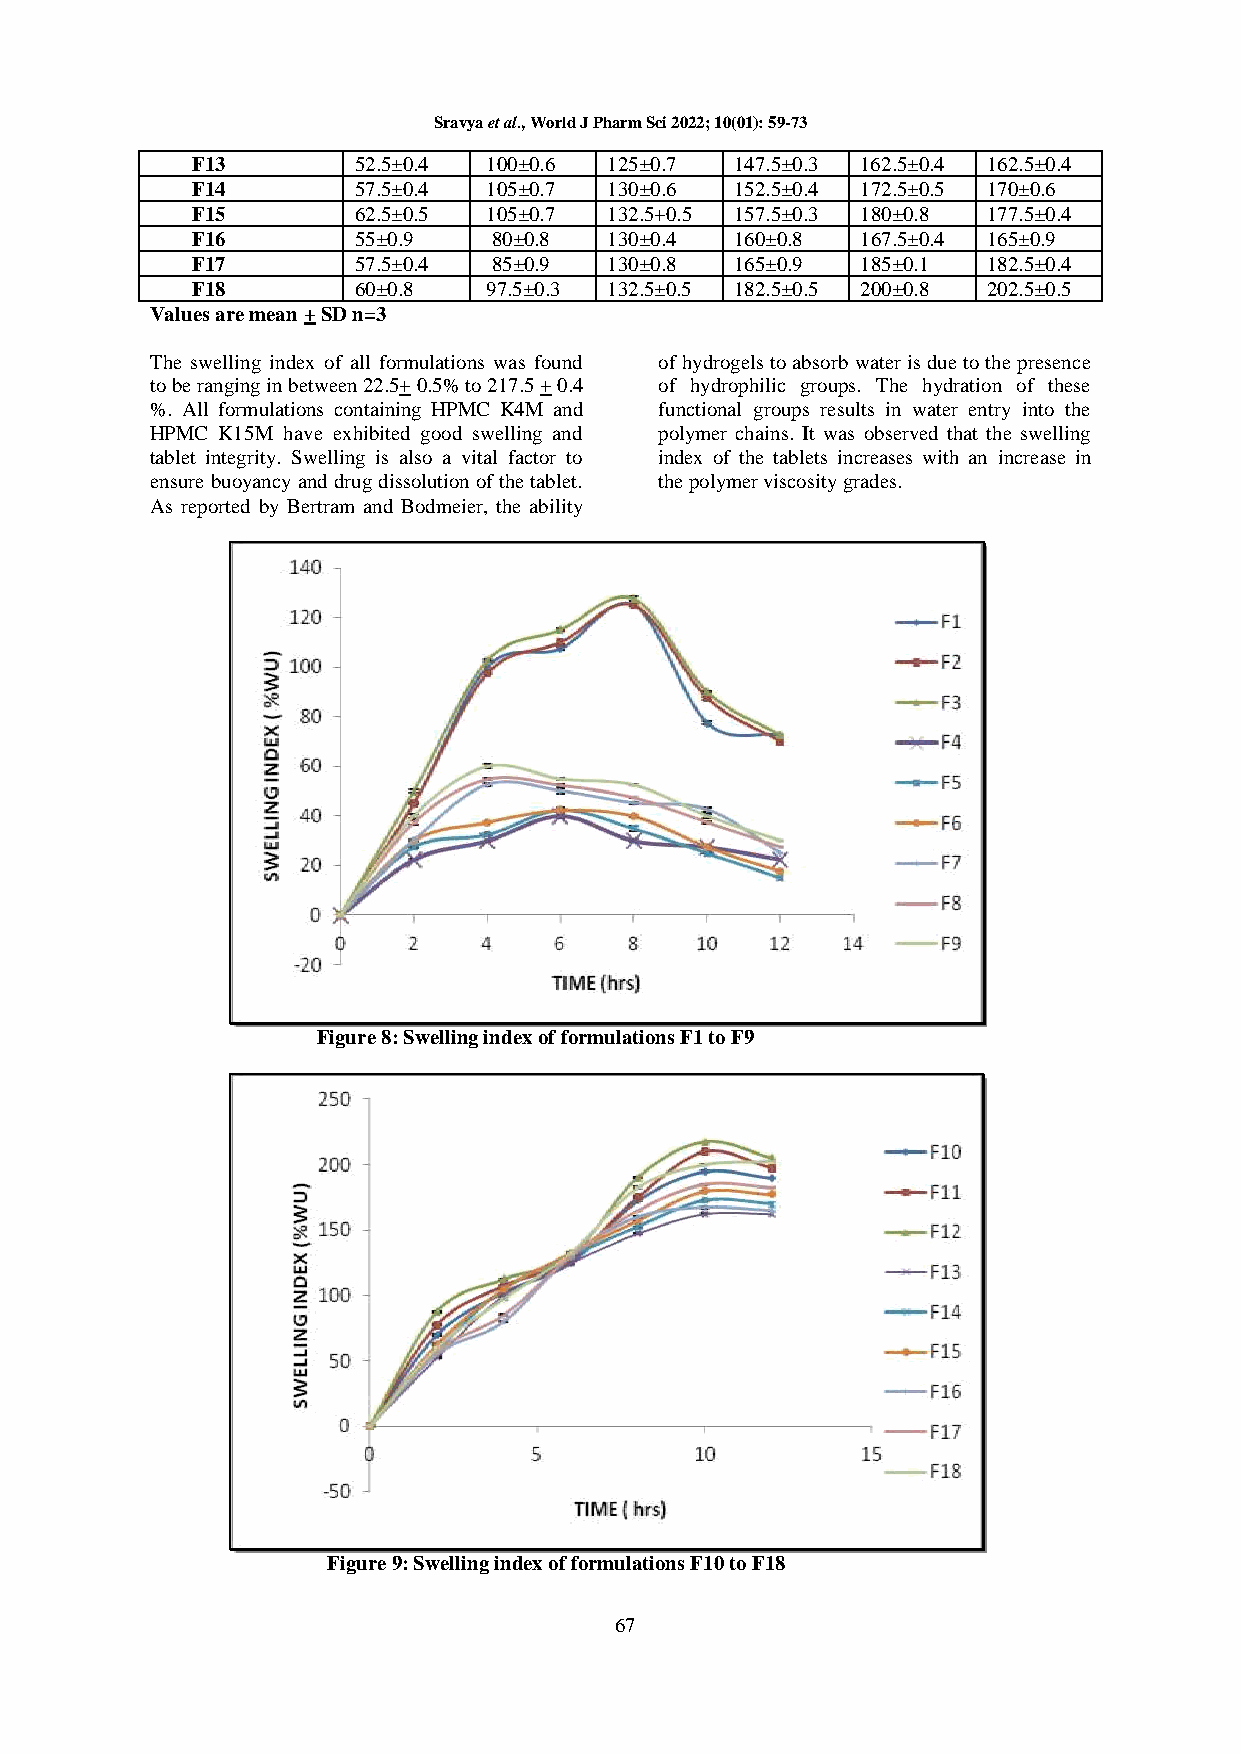
Sravya et al., World J Pharm Sci 2022; 10(01): 59-73
 F13       52.5±0.4 100±0.6 125±0.7  147.5±0.3 162.5±0.4 162.5±0.4
 F14       57.5±0.4 105±0.7 130±0.6  152.5±0.4 172.5±0.5 170±0.6
 F15       62.5±0.5 105±0.7 132.5+0.5 157.5±0.3 180±0.8 177.5±0.4
 F16       55±0.9    80±0.8 130±0.4  160±0.8 167.5±0.4 165±0.9
 F17       57.5±0.4  85±0.9 130±0.8  165±0.9 185±0.1 182.5±0.4
 F18       60±0.8   97.5±0.3 132.5±0.5 182.5±0.5 200±0.8 202.5±0.5
 Values are mean + SD n=3
 The swelling index of all formulations was found of hydrogels to absorb water is due to the presence
 to be ranging in between 22.5+ 0.5% to 217.5 + 0.4 of hydrophilic groups. The hydration of these
 %. All formulations containing HPMC K4M and functional groups results in water entry into the
 HPMC K15M have exhibited good swelling and polymer chains. It was observed that the swelling
 tablet integrity. Swelling is also a vital factor to index of the tablets increases with an increase in
 ensure buoyancy and drug dissolution of the tablet. the polymer viscosity grades.
 As reported by Bertram and Bodmeier, the ability
 Figure 8: Swelling index of formulations F1 to F9
 Figure 9: Swelling index of formulations F10 to F18
 67